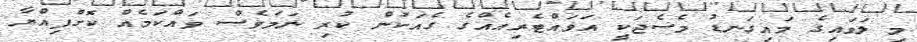
މި ލަވައިގެ މައިގަނޑު މެސެޖަކީ އަވައްޓެރިއެއްގެ ގެއަކުން ކުރި ނަމަވެސް ވައްކަމެއް ކޮށްފިއްޔާ